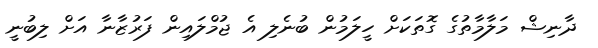
ދާނިޝް މަލާމާތުގެ ގޮތަކަށް ހީލަމުން ބުނެލި އެ ޖުމްލައިން ފަރުޒާނާ އަށް ލިބުނީ